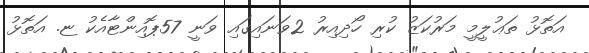
އަތޮޅު ތަޢުލީމީ މަރުކަޒު ކުރި ހޯދިއިރު 2ވަނައިގައި ވަނީ 57ޕޮއިންޓާއެކު ޏ. އަތޮޅު